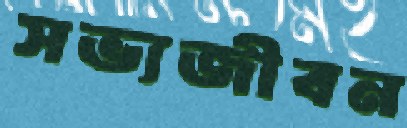
সভ্যজীবন